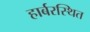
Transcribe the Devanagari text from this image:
हार्बरस्थित